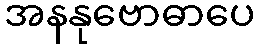
အနနုဗောဓာပေ